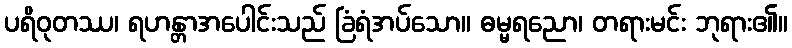
ပရိဝုတဿ၊ ရဟန္တာအပေါင်းသည် ခြံရံအပ်သော။ ဓမ္မရညော၊ တရားမင်း ဘုရား၏။